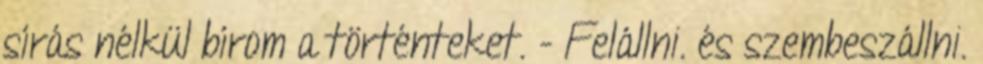
sírás nélkül bírom a történteket. - Felállni. és szembeszállni.